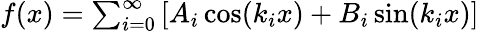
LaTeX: \begin{array}{r}{f(x)=\sum_{i=0}^{\infty}\left[A_{i}\cos(k_{i}x)+B_{i}\sin(k_{i}x)\right]}\end{array}